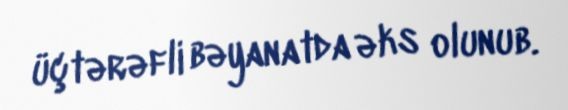
üçtərəfli bəyanatda əks olunub.